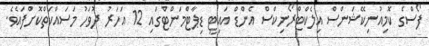
ފޯސްގެ ކޮމިއުނިކޭޝަންސް އިލެކްޓްރޯނިކްސް އެންޑް އައިޓީ ޑިޕާޓްމަންޓްގައި 12 އަހަރު ދުވަހު މަސައްކަތްކޮށްފައެވެ.